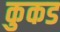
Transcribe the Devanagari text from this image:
कुकड